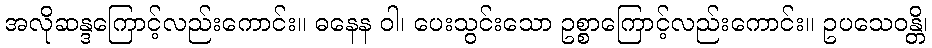
အလိုဆန္ဒကြောင့်လည်းကောင်း။ ဓနေန ဝါ၊ ပေးသွင်းသော ဥစ္စာကြောင့်လည်းကောင်း။ ဥပသေဝန္တိ၊